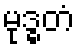
မုဒ္ဓတံ